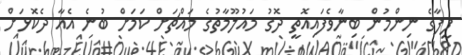
ފީފާގެ ނިންމުން ބިނާވެފައިއޮތީ ދޮގު މައުލޫމާތުގެ މައްޗަށް ކަމަށް ބުނެ އެއާ ދެކޮޅަށް